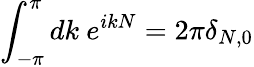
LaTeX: \int_{-\pi}^{\pi}dk~e^{ikN}=2\pi\delta_{N,0}